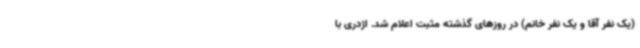
(یک نفر آقا و یک نفر خانم) در روزهای گذشته مثبت اعلام شد. اژدری با